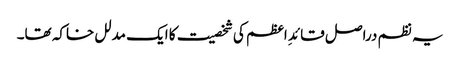
یہ نظم دراصل قائدِ اعظم کی شخصیت کا ایک مدلل خاکہ تھا۔